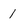
Character: 1